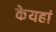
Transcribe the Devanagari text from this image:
केयहां